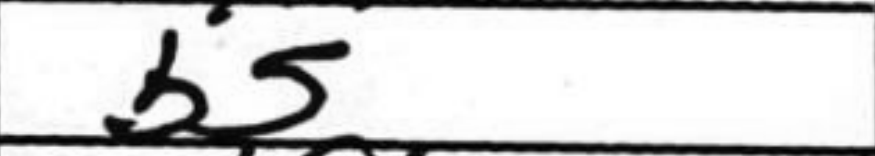
Transcription: b5